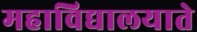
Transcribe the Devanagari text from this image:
महाविद्यालयाते